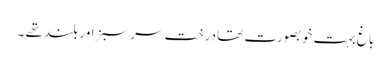
باغ بہت خوبصورت تھا درخت سرسبز اور بلند تھے ۔